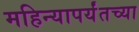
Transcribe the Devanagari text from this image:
महिन्यापर्यंतच्या